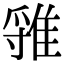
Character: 𨿐